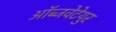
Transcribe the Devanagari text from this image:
ऑब्जवेटेयुर